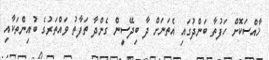
ޚާއްސަކޮށް ހަފުތާ ބަންދުގައި އެތަނަށް ދާ ބިދޭސީން ގެންދާ ތަފާތު ވައްތަރުގެ ބުއިންތަކާއި